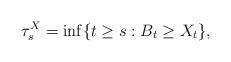
LaTeX: \begin{align*} \tau^X_s = \inf\{t\ge s: B_t \ge X_t\},\;\;\;\end{align*}